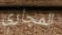
المجاري